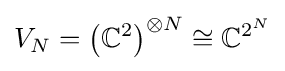
V_{N}=\left(\mathbb {C} ^{2}\right)^{\otimes N}\cong \mathbb {C} ^{2^{N}}